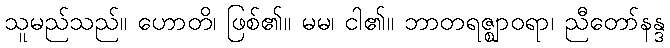
သူမည်သည်။ ဟောတိ၊ ဖြစ်၏။ မမ၊ ငါ၏။ ဘာတရဇ္ဈာဝရာ၊ ညီတော်နန္ဒ